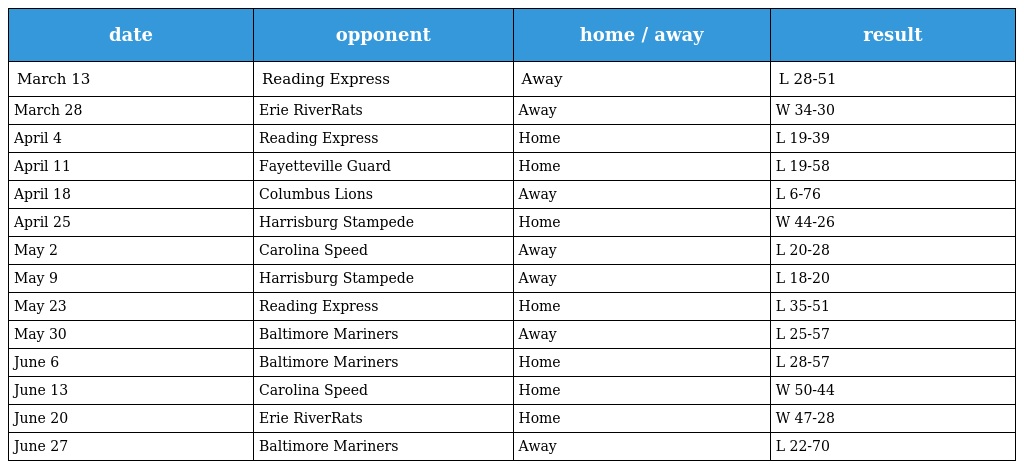
| date | opponent | home / away | result |
 | --- | --- | --- | --- |
 | March 13 | Reading Express | Away | L 28-51 |
 | March 28 | Erie RiverRats | Away | W 34-30 |
 | April 4 | Reading Express | Home | L 19-39 |
 | April 11 | Fayetteville Guard | Home | L 19-58 |
 | April 18 | Columbus Lions | Away | L 6-76 |
 | April 25 | Harrisburg Stampede | Home | W 44-26 |
 | May 2 | Carolina Speed | Away | L 20-28 |
 | May 9 | Harrisburg Stampede | Away | L 18-20 |
 | May 23 | Reading Express | Home | L 35-51 |
 | May 30 | Baltimore Mariners | Away | L 25-57 |
 | June 6 | Baltimore Mariners | Home | L 28-57 |
 | June 13 | Carolina Speed | Home | W 50-44 |
 | June 20 | Erie RiverRats | Home | W 47-28 |
 | June 27 | Baltimore Mariners | Away | L 22-70 |